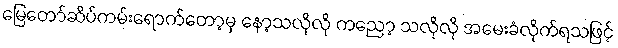
မြေတော်ဆိပ်ကမ်းရောက်တော့မှ နော့သလိုလို ကညော့ သလိုလို အမေးခံလိုက်ရသဖြင့်